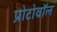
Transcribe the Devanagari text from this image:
प्रोटोवॉल